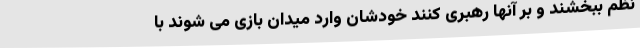
نظم ببخشند و بر آنها رهبری کنند خودشان وارد میدان بازی می شوند با